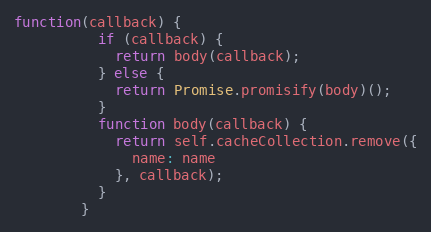
Language: JavaScript
function(callback) {
          if (callback) {
            return body(callback);
          } else {
            return Promise.promisify(body)();
          }
          function body(callback) {
            return self.cacheCollection.remove({
              name: name
            }, callback);
          }
        }